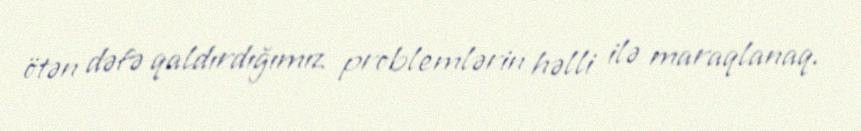
ötən dəfə qaldırdığımız problemlərin həlli ilə maraqlanaq.